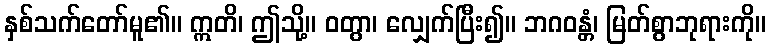
နှစ်သက်တော်မူ၏။ ဣတိ၊ ဤသို့။ ဝတွာ၊ လျှေက်ပြီး၍။ ဘဂဝန္တံ၊ မြတ်စွာဘုရားကို။